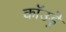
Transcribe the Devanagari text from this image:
कॉउड्रे